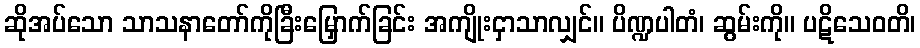
ဆိုအပ်သော သာသနာတော်ကိုခြီးမြှောက်ခြင်း အကျိုးငှာသာလျှင်။ ပိဏ္ဍပါတံ၊ ဆွမ်းကို။ ပဋိသေဝတိ၊